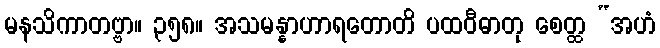
မနသိကာတဗ္ဗာ။ ၃၅၈။ အသမန္နာဟာရတောတိ ပထဝီဓာတု စေတ္ထ “အဟံ